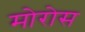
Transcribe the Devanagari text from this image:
मोरोस